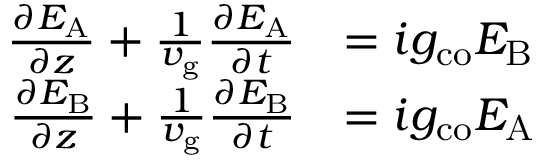
\begin{array} { r l } { \frac { \partial E _ { \mathrm { A } } } { \partial z } + \frac { 1 } { v _ { \mathrm { g } } } \frac { \partial E _ { \mathrm { A } } } { \partial t } } & { = i g _ { \mathrm { c o } } E _ { \mathrm { B } } } \\ { \frac { \partial E _ { \mathrm { B } } } { \partial z } + \frac { 1 } { v _ { \mathrm { g } } } \frac { \partial E _ { \mathrm { B } } } { \partial t } } & { = i g _ { \mathrm { c o } } E _ { \mathrm { A } } } \end{array}